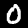
Label: 0